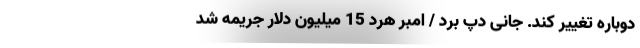
دوباره تغییر کند. جانی دپ بُرد / امبر هرد 15 میلیون دلار جریمه شد